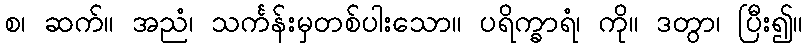
စ၊ ဆက်။ အညံ၊ သင်္ကန်းမှတစ်ပါးသော။ ပရိက္ခာရံ၊ ကို။ ဒတွာ၊ ပြီး၍။